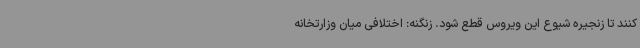
کنند تا زنجیره شیوع این ویروس قطع شود. زنگنه: اختلافی میان وزارتخانه